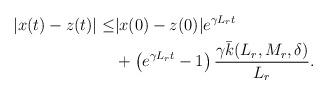
LaTeX: \begin{align*}\begin{aligned}|x(t)-z(t)| \le & |x(0)-z(0)| e^{\gamma L_r t}\\&+\left(e^{\gamma L_r t} -1\right) \dfrac{\gamma \bar k(L_r,M_r, \delta)}{L_r }.\end{aligned}\end{align*}